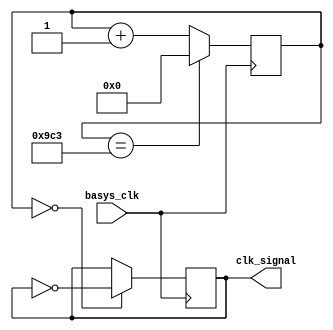
module clk20kHz(
    input basys_clk,
    output clk_signal
    );
    reg [31:0] count = 32'd0;
    reg clk_signal = 0;
    always @(posedge basys_clk) begin
        count <= (count == 2499) ? 0 : count + 1;
        clk_signal <= (count == 0) ? ~clk_signal : clk_signal;
   
    end    
endmodule